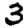
Digit: 3